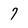
Character: 7